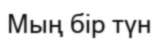
Мың бір түн